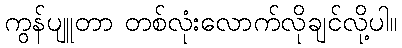
ကွန်ပျူတာ တစ်လုံးလောက်လိုချင်လို့ပါ။